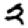
Digit: 2